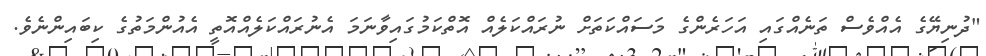
"ދުނިޔޭގެ އެއްވެސް ތަނެއްގައި އަހަރެންގެ މަސައްކަތަށް ނުރައްކަލެއް އޮތްކަމުގައިވާނަމަ އެނުރައްކަލެއްއޮތީ އެއުންމަތުގެ ކިބައިންނެވެ.